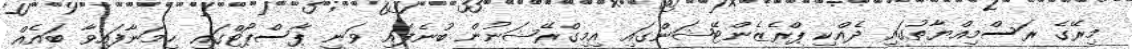
މިރޭގެ ރަސްމިއްޔާތުގައި ދެއްކި ޕްރެޒެންޓޭޝަންގައި އިމިގްރޭޝަނުން ބުނެފައި ވަނީ ޕާސްޕޯޓްގައި ހިމަނާފައިވާ ބައެއް